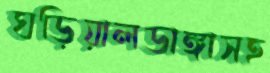
ঘড়িয়ালডাঙ্গাসহ